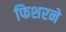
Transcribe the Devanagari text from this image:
फिशरने